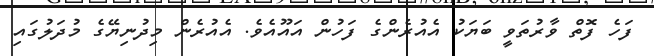
ފަހެ ފޮތް ވާރުތަވީ ބަޔަކު އެއުރެންގެ ފަހުން އައޫއެވެ. އެއުރެން މިދުނިޔޭގެ މުދަލުގައި